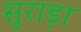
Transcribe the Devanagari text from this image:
सुराड़ा